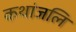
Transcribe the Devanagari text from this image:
कथांजलि